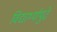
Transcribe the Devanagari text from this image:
विद्यार्थ्यांपुढे